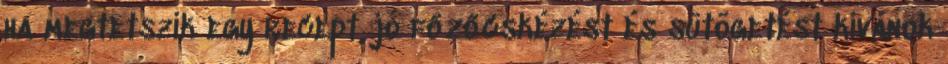
ha megtetszik egy recept, jó főzőcskézést és sütögetést kívánok